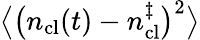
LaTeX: \big\langle\big(n_{\mathrm{cl}}(t)-n_{\mathrm{cl}}^{\ddagger}\big)^{2}\big\rangle